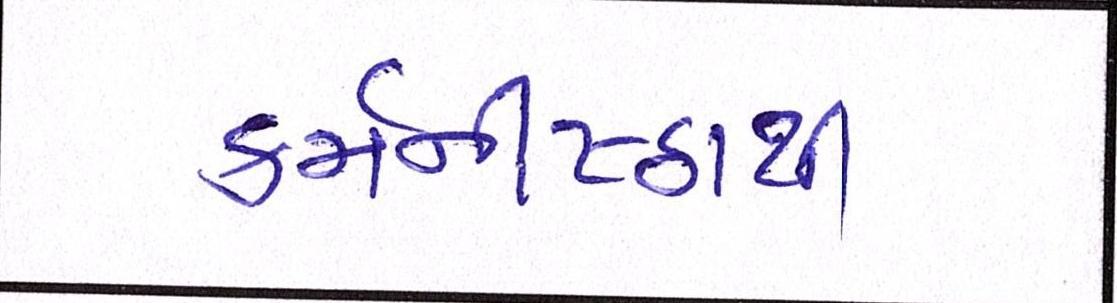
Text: કર્મનીષ્ઠાથી